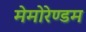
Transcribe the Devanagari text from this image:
मेमोरेण्डम